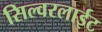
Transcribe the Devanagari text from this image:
सिल्वरलाईट